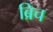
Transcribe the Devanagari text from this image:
ब्रिच